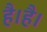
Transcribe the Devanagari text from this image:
है।है।